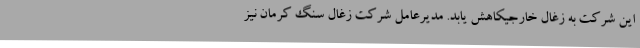
این شرکت به زغال خارجیکاهش یابد. مدیرعامل شرکت زغال سنگ کرمان نیز